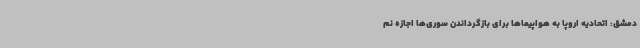
دمشق: اتحادیه اروپا به هواپیماها برای بازگرداندن سوری‌ها اجازه نم